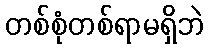
တစ်စုံတစ်ရာမရှိဘဲ